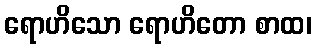
ရောဟိသော ရောဟိတော စာထ၊